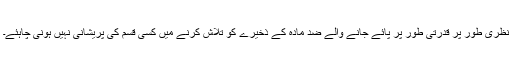
نظری طور پر قدرتی طور پر پائے جانے والے ضد مادّہ کے ذخیرے کو تلاش کرنے میں کسی قسم کی پریشانی نہیں ہونی چاہئے۔